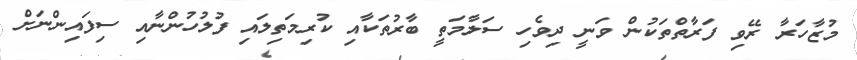
މުޒާހަރާ ރޭވި ފަރާތްތަކުން ވަނީ ދިވެހި ސަލާމަތީ ބާރުތަކާއި ކުރިމަތިލައި ފުލުހުންނާއި ސިފައިންނަށް